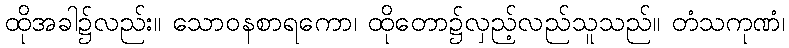
ထိုအခါ၌လည်း။ သောဝနစာရကော၊ ထိုတော၌လှည့်လည်သူသည်။ တံသကုဏံ၊